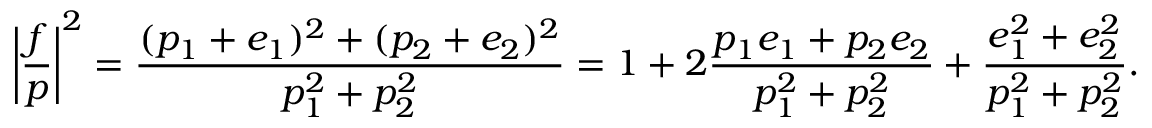
\left\vert \frac { f } { p } \right\vert ^ { 2 } = \frac { ( p _ { 1 } + e _ { 1 } ) ^ { 2 } + ( p _ { 2 } + e _ { 2 } ) ^ { 2 } } { p _ { 1 } ^ { 2 } + p _ { 2 } ^ { 2 } } = 1 + 2 \frac { p _ { 1 } e _ { 1 } + p _ { 2 } e _ { 2 } } { p _ { 1 } ^ { 2 } + p _ { 2 } ^ { 2 } } + \frac { e _ { 1 } ^ { 2 } + e _ { 2 } ^ { 2 } } { p _ { 1 } ^ { 2 } + p _ { 2 } ^ { 2 } } .